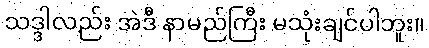
သဒ္ဒါလည်း အဲဒီ နာမည်ကြီး မသုံးချင်ပါဘူး။